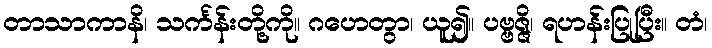
တာသာကာနိ၊ သင်္ကန်းတို့ကို။ ဂဟေတွာ၊ ယူ၍။ ပဗ္ဗဇ္ဇိ၊ ရဟန်းပြုပြီး။ တံ၊